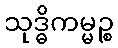
သုဒ္ဓိကမ္မဉ္စ